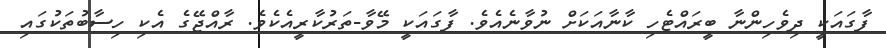
ފާގައަކީ ދިވެހިންނާ ބީރައްޓެހި ކާނާއަކަށް ނުވާނެއެވެ. ފާގައަކީ މޭވާ-ތަރުކާރީއެކެވެ. ރާއްޖޭގެ އެކި ހިސާބުތަކުގައި